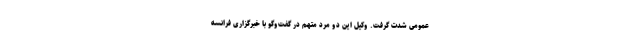
عمومی شدت گرفت. وکیل این دو مرد متهم در گفت‌وگو با خبرگزاری فرانسه